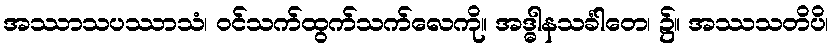
အဿာသပဿာသံ၊ ဝင်သက်ထွက်သက်လေကို။ အဒ္ဓါနသင်္ခါတေ၊ ၌။ အဿသတိပိ၊